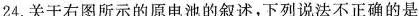
24.关于右图所示的原电池的叙述，下列说法不正确的是